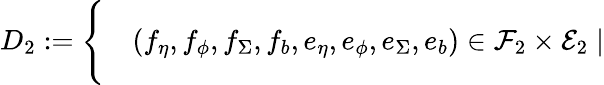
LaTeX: \begin{array}{rl}{D_{2}:=\Bigg\{ }&{{}(f_{\eta},f_{\phi},f_{\Sigma},f_{b},e_{\eta},e_{\phi},e_{\Sigma},e_{b})\in\mathcal{F}_{2}\times\mathcal{E}_{2}\mid}\end{array}